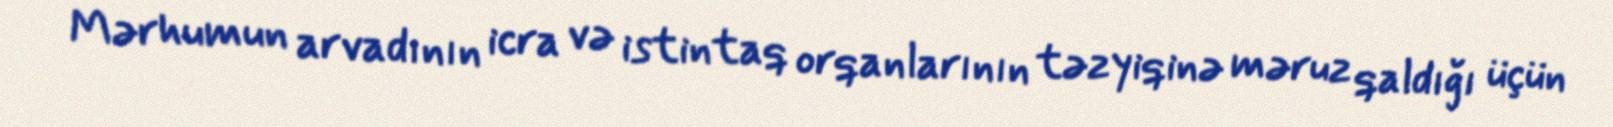
Mərhumun arvadının icra və istintaq orqanlarının təzyiqinə məruz qaldığı üçün